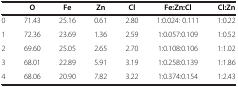
|  | O | Fe | Zn | Cl | Fe:Zn:Cl | Cl:Zn |
 | --- | --- | --- | --- | --- | --- | --- |
 | 0 | 71.43 | 25.16 | 0.61 | 2.80 | 1:0.024: 0.111 | 1:0.22 |
 | 1 | 72.36 | 23.69 | 1.36 | 2.59 | 1:0.057:0.109 | 1:0.52 |
 | 2 | 69.60 | 25.05 | 2.65 | 2.70 | 1:0.108:0.106 | 1:1.02 |
 | 3 | 68.01 | 22.89 | 5.91 | 3.19 | 1:0.258:0.139 | 1:1.86 |
 | 4 | 68.06 | 20.90 | 7.82 | 3.22 | 1:0.374:0.154 | 1:2.43 |